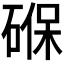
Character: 𮀮